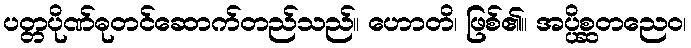
ပတ္တပိုဏ်ဓုတင်ဆောက်တည်သည်။ ဟောတိ၊ ဖြစ်၏။ အပ္ပိစ္ဆတညေဝ၊